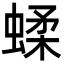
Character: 蝚